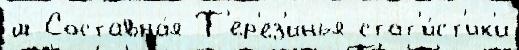
ш Составна́я Т'ер'ез'инья стат'и́ст'ик'и